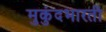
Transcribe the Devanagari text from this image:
मुकुंदभारती